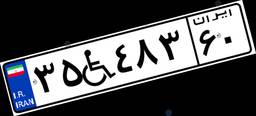
۴۸W۳۵۶۵۳